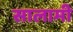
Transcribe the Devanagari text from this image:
सालामी